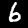
Label: 6